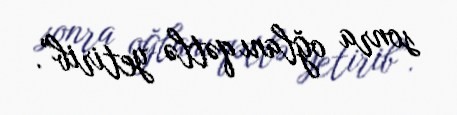
sonra oğlanı qətlə yetirib”.